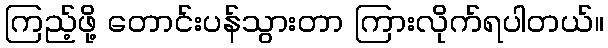
ကြည့်ဖို့ တောင်းပန်သွားတာ ကြားလိုက်ရပါတယ်။